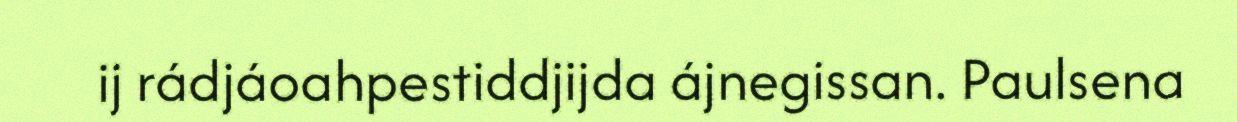
ij rádjáoahpestiddjijda ájnegissan. Paulsena